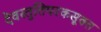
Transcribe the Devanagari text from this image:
देवस्तुतिपरकसूक्त